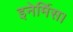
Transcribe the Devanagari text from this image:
इनेर्मिस।